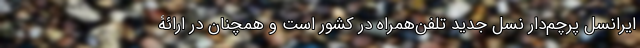
ایرانسل پرچم‌دار نسل جدید تلفن‌همراه در کشور است و همچنان در ارائۀ